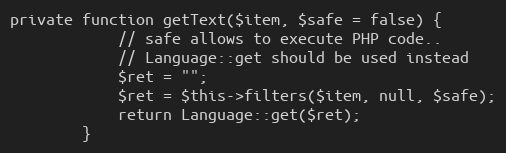
Language: PHP
private function getText($item, $safe = false) {
            // safe allows to execute PHP code..
            // Language::get should be used instead
            $ret = "";
            $ret = $this->filters($item, null, $safe);
            return Language::get($ret);
        }